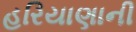
હરિયાણાની